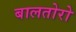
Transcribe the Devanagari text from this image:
बालतोरो